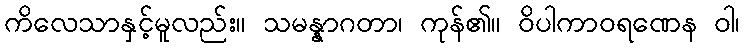
ကိလေသာနှင့်မူလည်း။ သမန္နာဂတာ၊ ကုန်၏။ ဝိပါကာဝရဏေန ဝါ၊